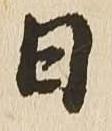
日